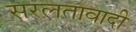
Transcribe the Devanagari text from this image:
सरलतावादी